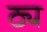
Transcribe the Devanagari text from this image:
ठ्य